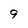
Character: 9